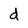
Character: d